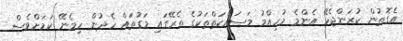
އެގޮތުން ކުރަންޖެހޭ އެންމެ މުހިއްމު މަސައްކަތްތަކުގެ ތެރޭގައި މަގުތައް ހެދުން ހިމެނޭ ކަމަށްވެސް